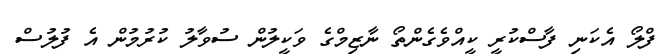
ފްލޯ އެކަނި ފާސްކުރީ ކީއްވެގެންތޯ ނާޒިމްގެ ވަކީލުން ސުވާލު ކުރުމުން އެ ފުލުސް